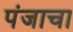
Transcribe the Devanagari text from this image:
पंजाचा